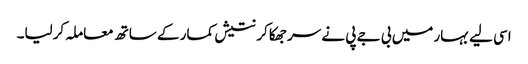
اسی لیے بہار میں بی جے پی نے سر جھکا کر نتیش کمار کے ساتھ معاملہ کرلیا۔